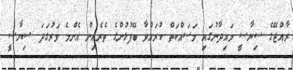
ރާއްޖޭގެ ސިޔާސީ މައިދާނުގައި މަސައްކަތް ކުރައްވާ ބޭފުޅުންގެ ތެރެއިން އެންމެ ވަރުގަދަ ސިޔާސީ